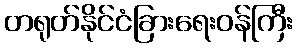
တရုတ်နိုင်ငံခြားရေးဝန်ကြီး